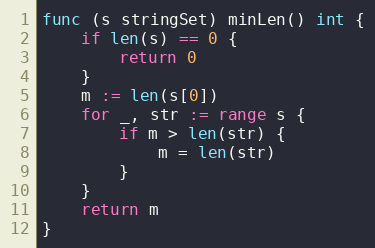
Language: Go
func (s stringSet) minLen() int {
	if len(s) == 0 {
		return 0
	}
	m := len(s[0])
	for _, str := range s {
		if m > len(str) {
			m = len(str)
		}
	}
	return m
}